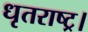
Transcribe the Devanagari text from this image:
धृतराष्ट्र।